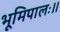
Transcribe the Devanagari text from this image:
भूमिपालः।।